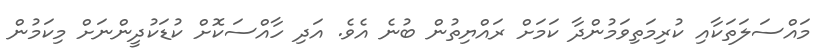
މައްސަލަތަކާއި ކުރިމަތިވަމުންދާ ކަމަށް ރައްޔިތުން ބުނެ އެވެ. އަދި ހާއްސަކޮށް ކުޑަކުދީންނަށް މިކަމުން